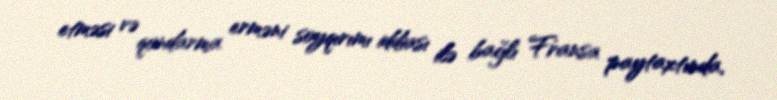
etməsi və qondarma erməni soyqırımı iddiası ilə bağlı Fransa paytaxtında,